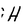
Character: H